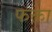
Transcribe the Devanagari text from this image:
फक्ता